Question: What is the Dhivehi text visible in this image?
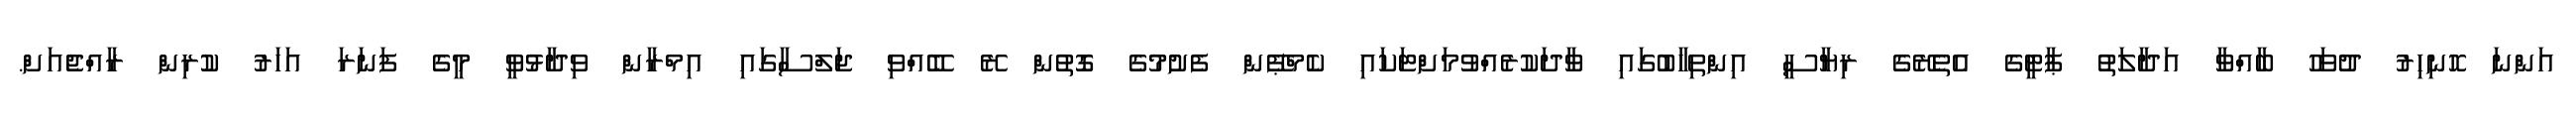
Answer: އަންނަ ހޮނިހިރު ދުވަހު ބާއްވާ އަދާލަތު ޕާޓީގެ އެތެރޭގެ ރިޔާސީ އިންތިހާބުގައި ވާދަކުރެއްވުމަށްޓަކައި ކެމްޕޭން ފެށުމުގެ ގޮތުން ރޭ ބޭއްވި ޖަލްސާގައި އިމްރާން ވިދާޅުވީ މީގެ ފަނަރަ އަހަރު ކުރިން ރާއްޖެއަށް.